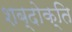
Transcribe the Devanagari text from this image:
शब्दोक्ति